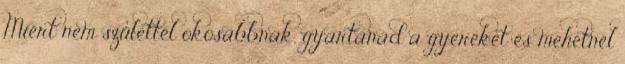
Miért nem születtél okosabbnak, gyártanád a gyereket és mehetnél